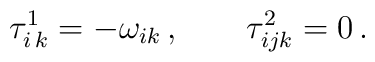
\tau^1_{i\,k}=-\omega_{ik}\,,\qquad \tau^2_{ijk}=0\,.